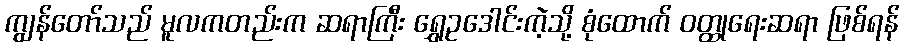
ကျွန်တော်သည် မူလကတည်းက ဆရာကြီး ရွှေဥဒေါင်းကဲ့သို့ စုံထောက် ဝတ္ထုရေးဆရာ ဖြစ်ရန်